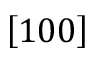
\left[ 1 0 0 \right]